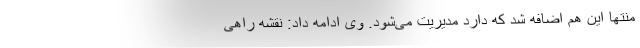
منتها این هم اضافه شد که دارد مدیریت می‌شود. وی ادامه داد: نقشه راهی